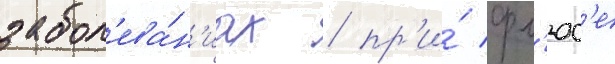
забол'ева́н'иах / пр'и́ фл'юс'е